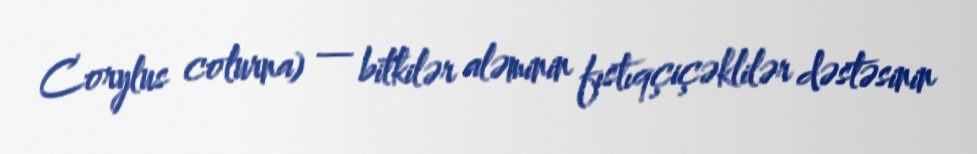
Corylus colurna) — bitkilər aləminin fıstıqçiçəklilər dəstəsinin